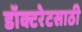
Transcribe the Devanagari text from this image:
डॉक्टरेटसाठी